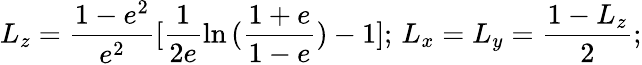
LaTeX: L_{z}=\frac{1-e^{2}}{e^{2}}[\frac{1}{2e}\ln{(\frac{1+e}{1-e}})-1];\, L_{x}=L_{y}=\frac{1-L_{z}}{2};